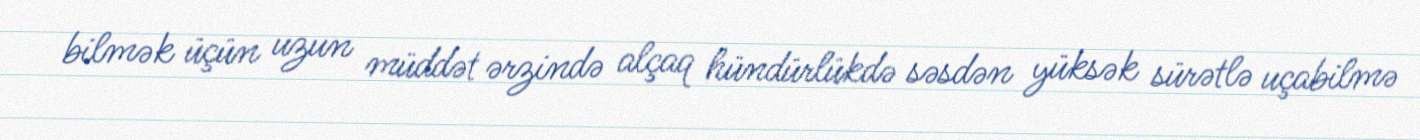
bilmək üçün uzun müddət ərzində alçaq hündürlükdə səsdən yüksək sürətlə uçabilmə